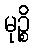
မုဉ္စိ